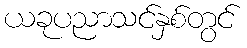
ယခုပညာသင်နှစ်တွင်